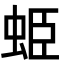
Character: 𧊺